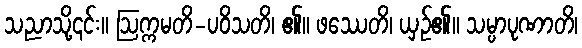
သညာသို့၎င်း။ ဩက္ကမတိ-ပဝိသတိ၊ ၏။ ဖဿေတိ၊ ယှဉ်၏။ သမ္ပာပုဏာတိ၊